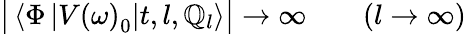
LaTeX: \big|\left\langle\Phi\left|V\left(\omega\right)_{0}\right|t,l,\mathbb{Q}_{l}\right\rangle\big|\to\infty\qquad(l\to\infty)